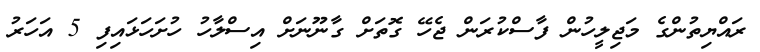
ރައްޔިތުންގެ މަޖިލީހުން ފާސްކުރަން ޖެހޭ ގޮތަށް ގާނޫނަށް އިސްލާހު ހުށަހަޅައިފި 5 އަހަރު